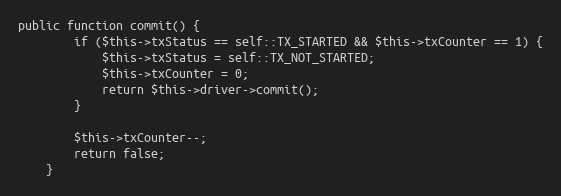
Language: PHP
public function commit() {
		if ($this->txStatus == self::TX_STARTED && $this->txCounter == 1) {
			$this->txStatus = self::TX_NOT_STARTED;
			$this->txCounter = 0;
			return $this->driver->commit();
		}

		$this->txCounter--;
		return false;
	}